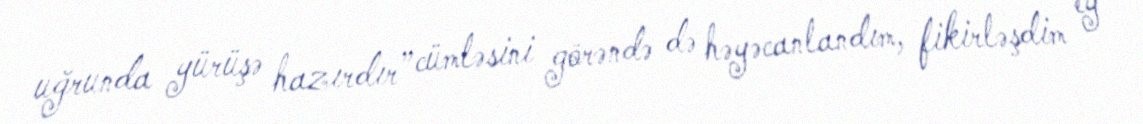
uğrunda yürüşə hazırdır” cümləsini görəndə də həyəcanlandım, fikirləşdim ey